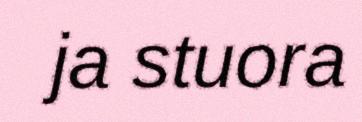
ja stuora